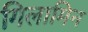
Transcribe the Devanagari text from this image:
गिलामिन